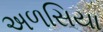
અળસિયા